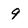
Character: 9